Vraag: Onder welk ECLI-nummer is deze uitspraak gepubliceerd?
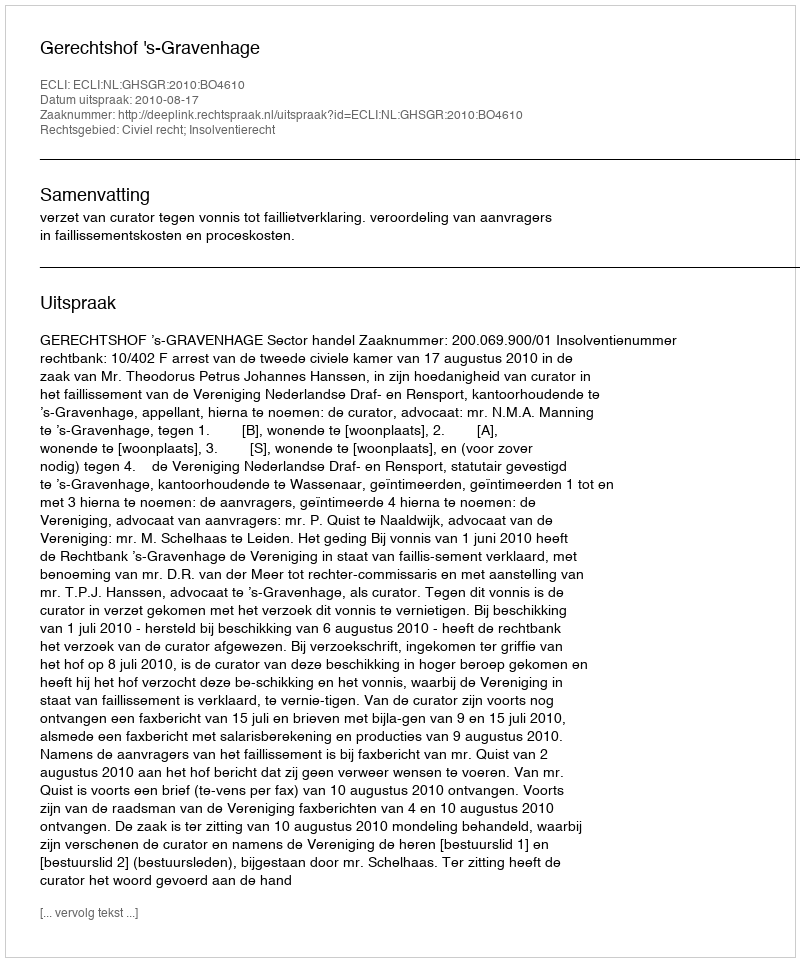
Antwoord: ECLI:NL:GHSGR:2010:BO4610